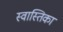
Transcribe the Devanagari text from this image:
स्वास्तिका